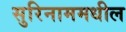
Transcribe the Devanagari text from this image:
सुरिनाममधील